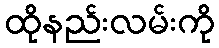
ထိုနည်းလမ်းကို